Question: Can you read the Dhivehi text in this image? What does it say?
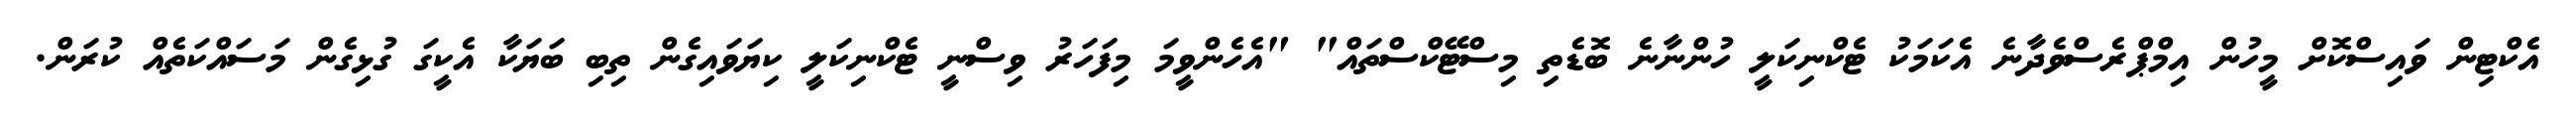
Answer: އެކްޓިން ވައިސްކޮށް މީހުން އިމްޕްރެސްވެދާނެ އެކަމަކު ޓެކްނިކަލީ ހުންނާނެ ބޮޑެތި މިސްޓޭކްސްތައް" "އެހެންވީމަ މިފަހަރު ވިސްނީ ޓެކްނިކަލީ ކިޔަވައިގެން ތިބި ބަޔަކާ އެކީގަ ގުޅިގެން މަސައްކަތެއް ކުރަން.